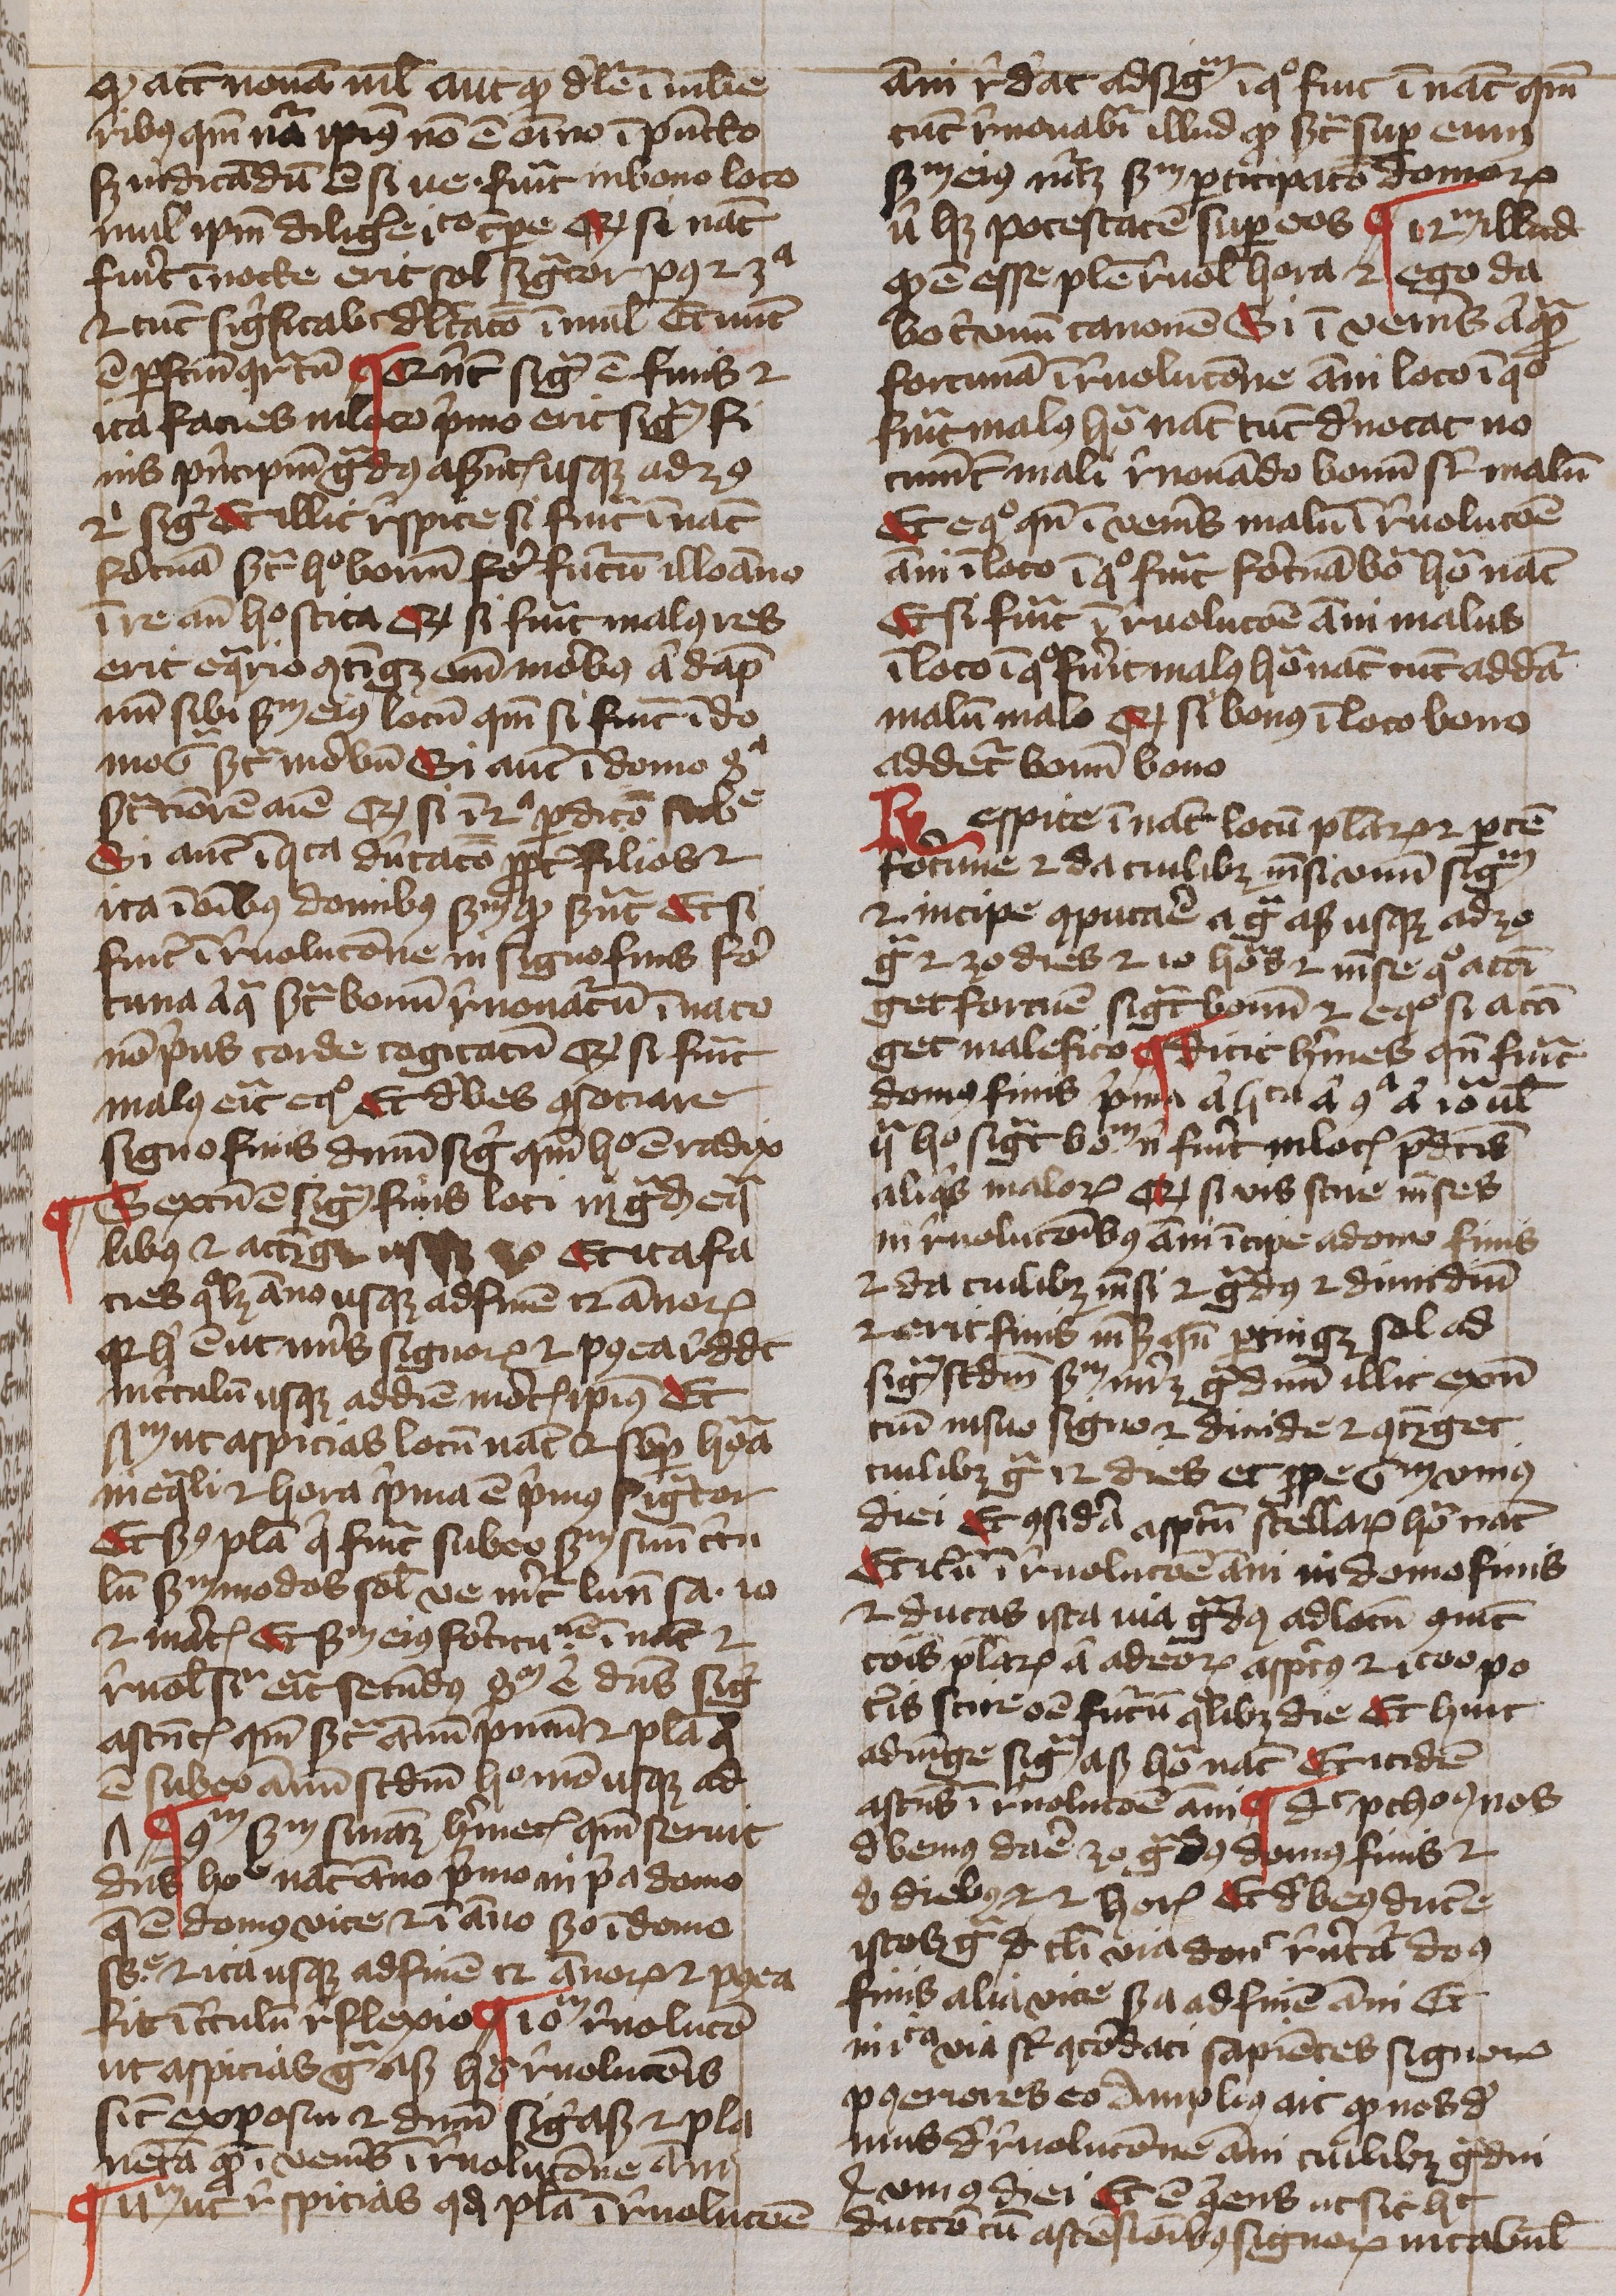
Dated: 1400–1499